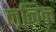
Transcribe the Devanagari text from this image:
लूनिन